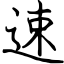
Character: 速